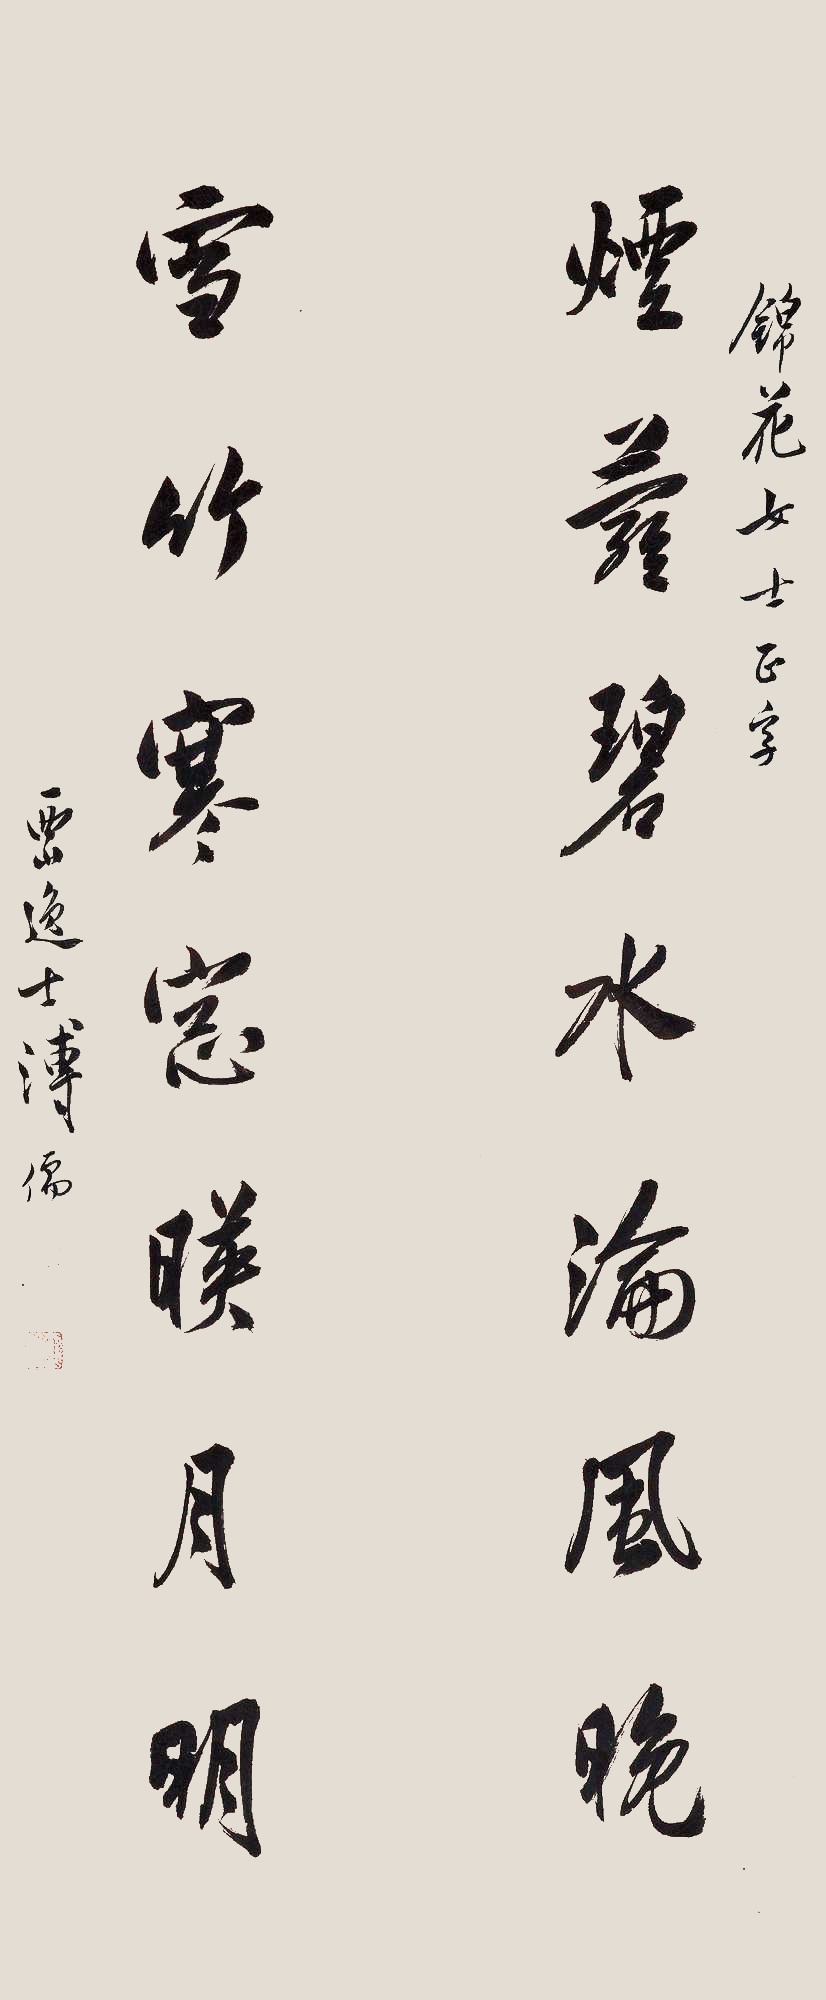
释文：烟萝碧水沦风晚，雪竹寒窗映月明。锦花女士正字。西山逸士溥儒。